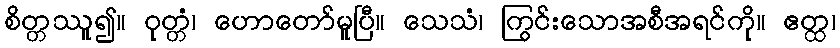
စိတ္တဿူ၍။ ဝုတ္တံ၊ ဟောတော်မူပြီ။ သေသံ၊ ကြွင်းသောအစီအရင်ကို။ ဧတ္ထ၊